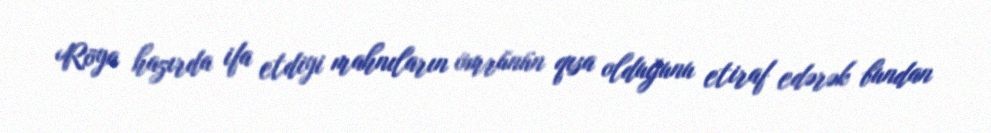
Röya hazırda ifa etdiyi mahnıların ömrünün qısa olduğunu etiraf edərək bundan